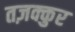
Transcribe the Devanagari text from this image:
तज़क्कुर